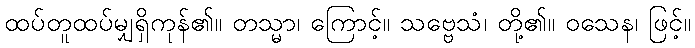
ထပ်တူထပ်မျှရှိကုန်၏။ တသ္မာ၊ ကြောင့်။ သဗ္ဗေသံ၊ တို့၏။ ဝသေန၊ ဖြင့်။